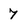
Character: 7